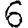
Digit: 6